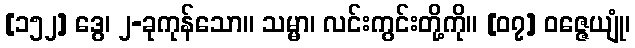
[၁၅၂] ဒွေ၊ ၂-ခုကုန်သော။ သမ္မာ၊ လင်းကွင်းတို့ကို။ [၀၇] ဝဇ္ဇေယျုံ၊